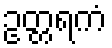
ဥတ္တရကံ